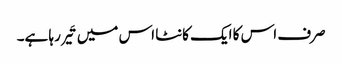
صرف اس کا ایک کانٹا اس میں تَیر رہا ہے۔